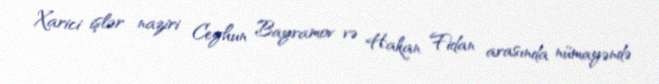
Xarici işlər naziri Ceyhun Bayramov və Hakan Fidan arasında nümayəndə